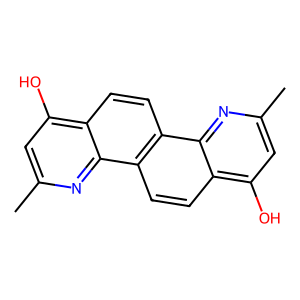
SMILES: Cc1cc(O)c2ccc3c(ccc4c(O)cc(C)nc43)c2n1
Inhibits HIV replication: No